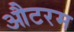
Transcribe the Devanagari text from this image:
औटरम